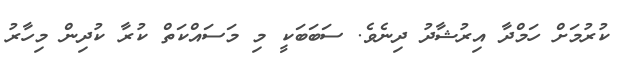
ކުރުމަށް ހަމްދާ އިރުޝާދު ދިނެވެ. ސަބަބަކީ މި މަސައްކަތް ކުރާ ކުދިން މިހާރު